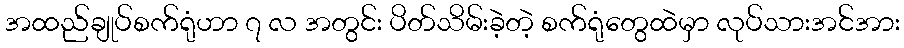
အထည်ချုပ်စက်ရုံဟာ ၇ လ အတွင်း ပိတ်သိမ်းခဲ့တဲ့ စက်ရုံတွေထဲမှာ လုပ်သားအင်အား